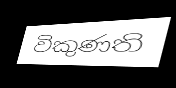
විකුණති